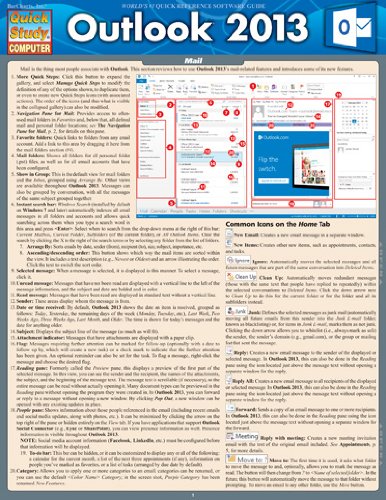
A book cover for Outlook 2013 (Quick Study: Computer); Inc. BarCharts; Computers & Technology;